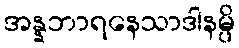
အန္နဘာရနေသာဒါနမ္ပိ